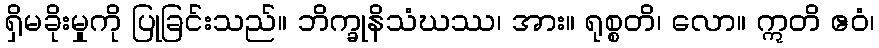
ရှိမခိုးမှုကို ပြုခြင်းသည်။ ဘိက္ခုနိသံဃဿ၊ အား။ ရုစ္စတိ၊ လော။ ဣတိ ဧဝံ၊